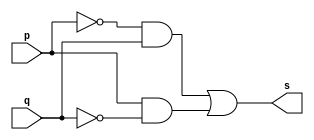
/*
 * Pontificia Universidade Catlica de Minas Gerais
 * Instituto de Cincias Exatas e Infxormtica
 * Arquitetura de Computadxores - Exemplo0011
 * Belo Horizonte 26 de Fevereiro de 2013
 * Aluna: Izabela Caldeira Borges
 */ 
 
 
 // ----------------
 // -- xor gate
 // ----------------
 
 module xorgate (output s, input p, input q);
 assign s = ((~p & q) | (p & ~q)); // criar vnculo permanente
 					// dependncia
 endmodule 		// xorgate
 
 // ---------------
 // -- test xor gate
 // ---------------
 
 module testxorgate;
 // --------------- dados locais
 
 reg a, b;			// definir registradxor
 					// varivel independente
 wire s;			// definir conexo (fio)
					// varivel dependente
 
 // --------------- instncia
 	xorgate XOR1 (s, a, b);
 // --------------- preparao
 	initial begin:start
	
		a = 0;	b = 0;	
	end
	
 // --------------- parte principal
 	initial begin:main
		$display("Exemplo 0011 - Izabela Caldeira Borges - 463243");
		$display("Test XOR gate");
		$display("\n((~a & b) | (a & ~b)) = s\n");
			$monitor("%b ^ %b = %b", a, b, s);
	#1 	a = 0; 	b = 0;      
	#1 	a = 0; 	b = 1;    
	#1 	a = 1; 	b = 0;    
	#1 	a = 1; 	b = 1; 
					
	end
	
 endmodule // testxorgate